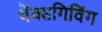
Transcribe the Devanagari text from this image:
थेंक्सगिविंग